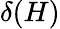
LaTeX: \delta(H)